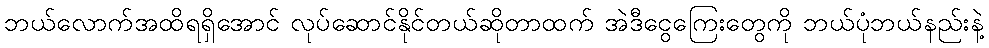
ဘယ်လောက်အထိရရှိအောင် လုပ်ဆောင်နိုင်တယ်ဆိုတာထက် အဲဒီငွေကြေးတွေကို ဘယ်ပုံဘယ်နည်းနဲ့